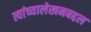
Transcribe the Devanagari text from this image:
त्यांच्यालेखनबद्दल